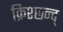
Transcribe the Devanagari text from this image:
क्रिश्छन्द्